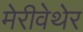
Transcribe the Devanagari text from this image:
मेरीवेथेर